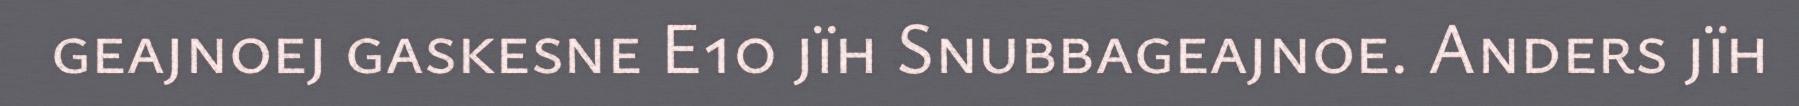
geajnoej gaskesne E10 jïh Snubbageajnoe. Anders jïh